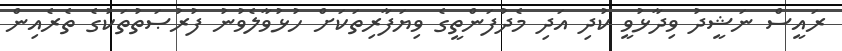
ރައީސް ނަޝީދު ވިދާޅުވީ ކުދި އަދި މެދުފަންތީގެ ވިޔަފާރިތަކަށް ހުޅުވާލެވުނު ފުރުޞަތުތަކުގެ ތެރެއިން